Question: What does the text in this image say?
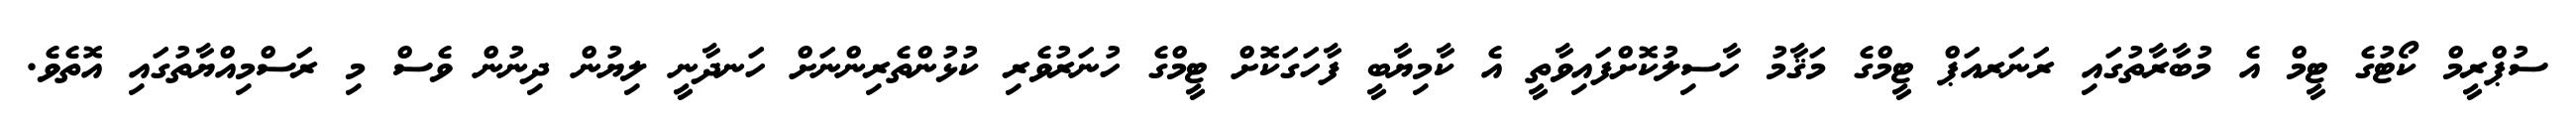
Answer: ސުޕްރީމް ކޯޓުގެ ޓީމް އެ މުބާރާތުގައި ރަނަރއަޕް ޓީމްގެ މަޤާމު ހާސިލުކޮށްފައިވާތީ އެ ކާމިޔާބީ ފާހަގަކޮށް ޓީމްގެ ހުނަރުވެރި ކުޅުންތެރިންނަށް ހަނދާނީ ލިޔުން ދިނުން ވެސް މި ރަސްމިއްޔާތުގައި އޮތެވެ.